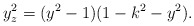
\begin{align*}y_z^2 = (y^2-1)(1-k^2-y^2).\end{align*}